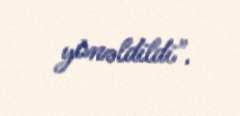
yönəldildi".